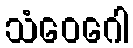
သံဝေဂေါ